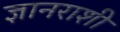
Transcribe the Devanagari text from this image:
ज्ञानराशी